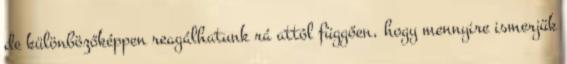
de különbözőképpen reagálhatunk rá attól függően, hogy mennyire ismerjük